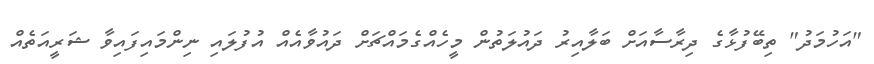
"އަހުމަދު" ތިބޭފުޅާގެ ދިރާސާއަށް ބަލާއިރު ދައުލަތުން މީހެއްގެމައްޗަށް ދައުވާއެއް އުފުލައި ނިންމައިފައިވާ ޝަރީއަތެއް